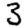
Digit: 3